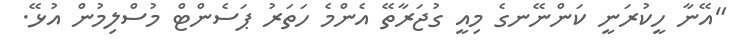
"އޭނާ ހީކުރަނީ ކަންނޭނގެ މިއީ ގުޖަރާތޭ އެންމެ ހަތަރު ޕަސެންޓް މުސްލިމުން އުޅޭ.